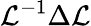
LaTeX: {\mathcal{L}}^{-1}{\Delta\mathcal{L}}